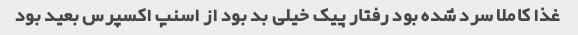
غذا کاملا سرد شده بود رفتار پیک خیلی بد بود از اسنپ اکسپرس بعید بود